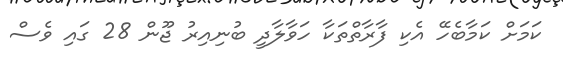
ކަމަށް ކަމާބެހޭ އެކި ފާރާތްތަކާ ހަވާލާދީ ބުނިއިރު ޖޫން 28 ގައި ވެސް